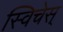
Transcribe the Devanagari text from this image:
स्विचेस्